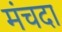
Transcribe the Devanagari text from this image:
मंचदा